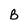
Character: B